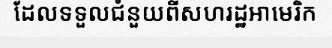
ដែលទទួលជំនួយពីសហរដ្ឋអាមេរិក